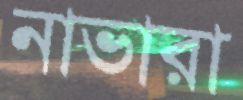
নাভারা